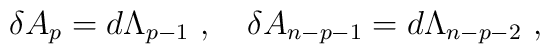
\delta A_p = d \Lambda_{p-1}\ ,\quad \delta A_{n-p-1} = d  \Lambda_{n-p-2}\ ,